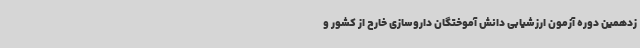
زدهمین دوره آزمون ارزشیابی دانش آموختگان داروسازی خارج از کشور و